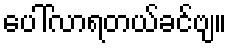
ပေါ်လာရတယ်ခင်ဗျ။